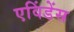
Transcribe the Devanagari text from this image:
एविंडेंस